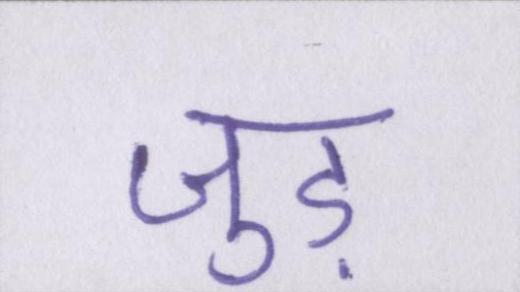
जुड़